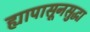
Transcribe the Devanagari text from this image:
ह्यापासूनसुद्धा